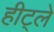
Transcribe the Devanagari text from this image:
हीट्ले